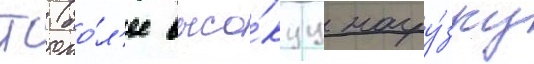
тс (бо́л'ее высо́куу нагру́зку